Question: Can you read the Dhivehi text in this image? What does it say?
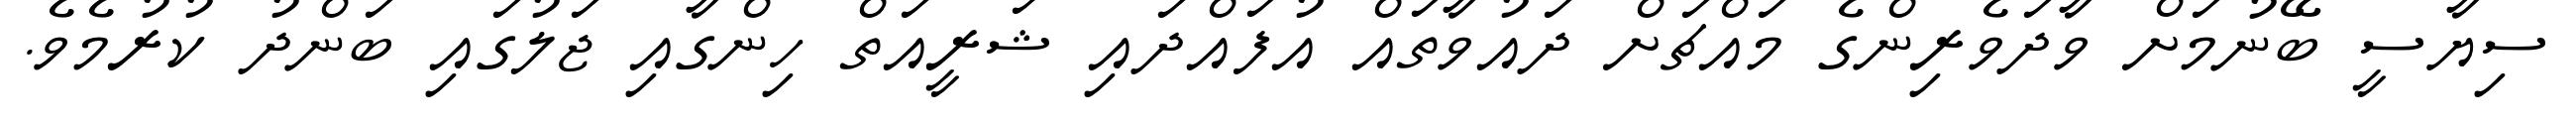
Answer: ސިޔާސީ ބޭނުމަށް ވާދަވެރިންގެ މައްޗަށް ދައުވާތައް އުފައްދައި ޝަރީއަތް ހިންގާއި ޖަލުގައި ބަންދު ކުރުމެވެ.